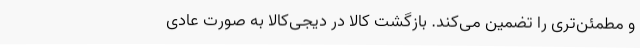
و مطمئن‌تری را تضمین می‌کند. بازگشت کالا در دیجی‌کالا به صورت عادی